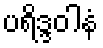
ပရိဒ္ဒဝါနံ